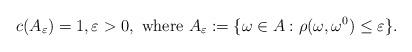
LaTeX: \begin{align*}c(A_{\varepsilon})=1,\varepsilon>0,\ \text{where } A_{\varepsilon}:=\{\omega\in A:\rho(\omega,\omega^{0})\leq\varepsilon\}.\end{align*}